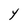
Character: Y